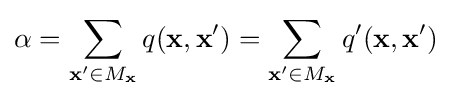
\alpha =\sum _{\mathbf {x'} \in M_{\mathbf {x} }}q(\mathbf {x} ,\mathbf {x'} )=\sum _{\mathbf {x'} \in M_{\mathbf {x} }}q'(\mathbf {x} ,\mathbf {x'} )